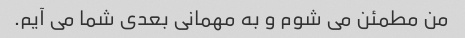
من مطمئن می شوم و به مهمانی بعدی شما می آیم.